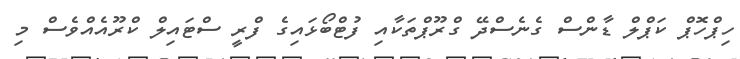
ހިޕްހޮޕް ކަޕްލް ޑާންސް ގެެނެސްދޭ ގްރޫޕްތަކާއި ފުޓްބޯޅައިގެ ފްރީ ސްޓައިލް ކްރޫއެއްވެސް މި